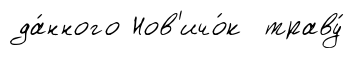
да́нного Нов'ичо́к траву́